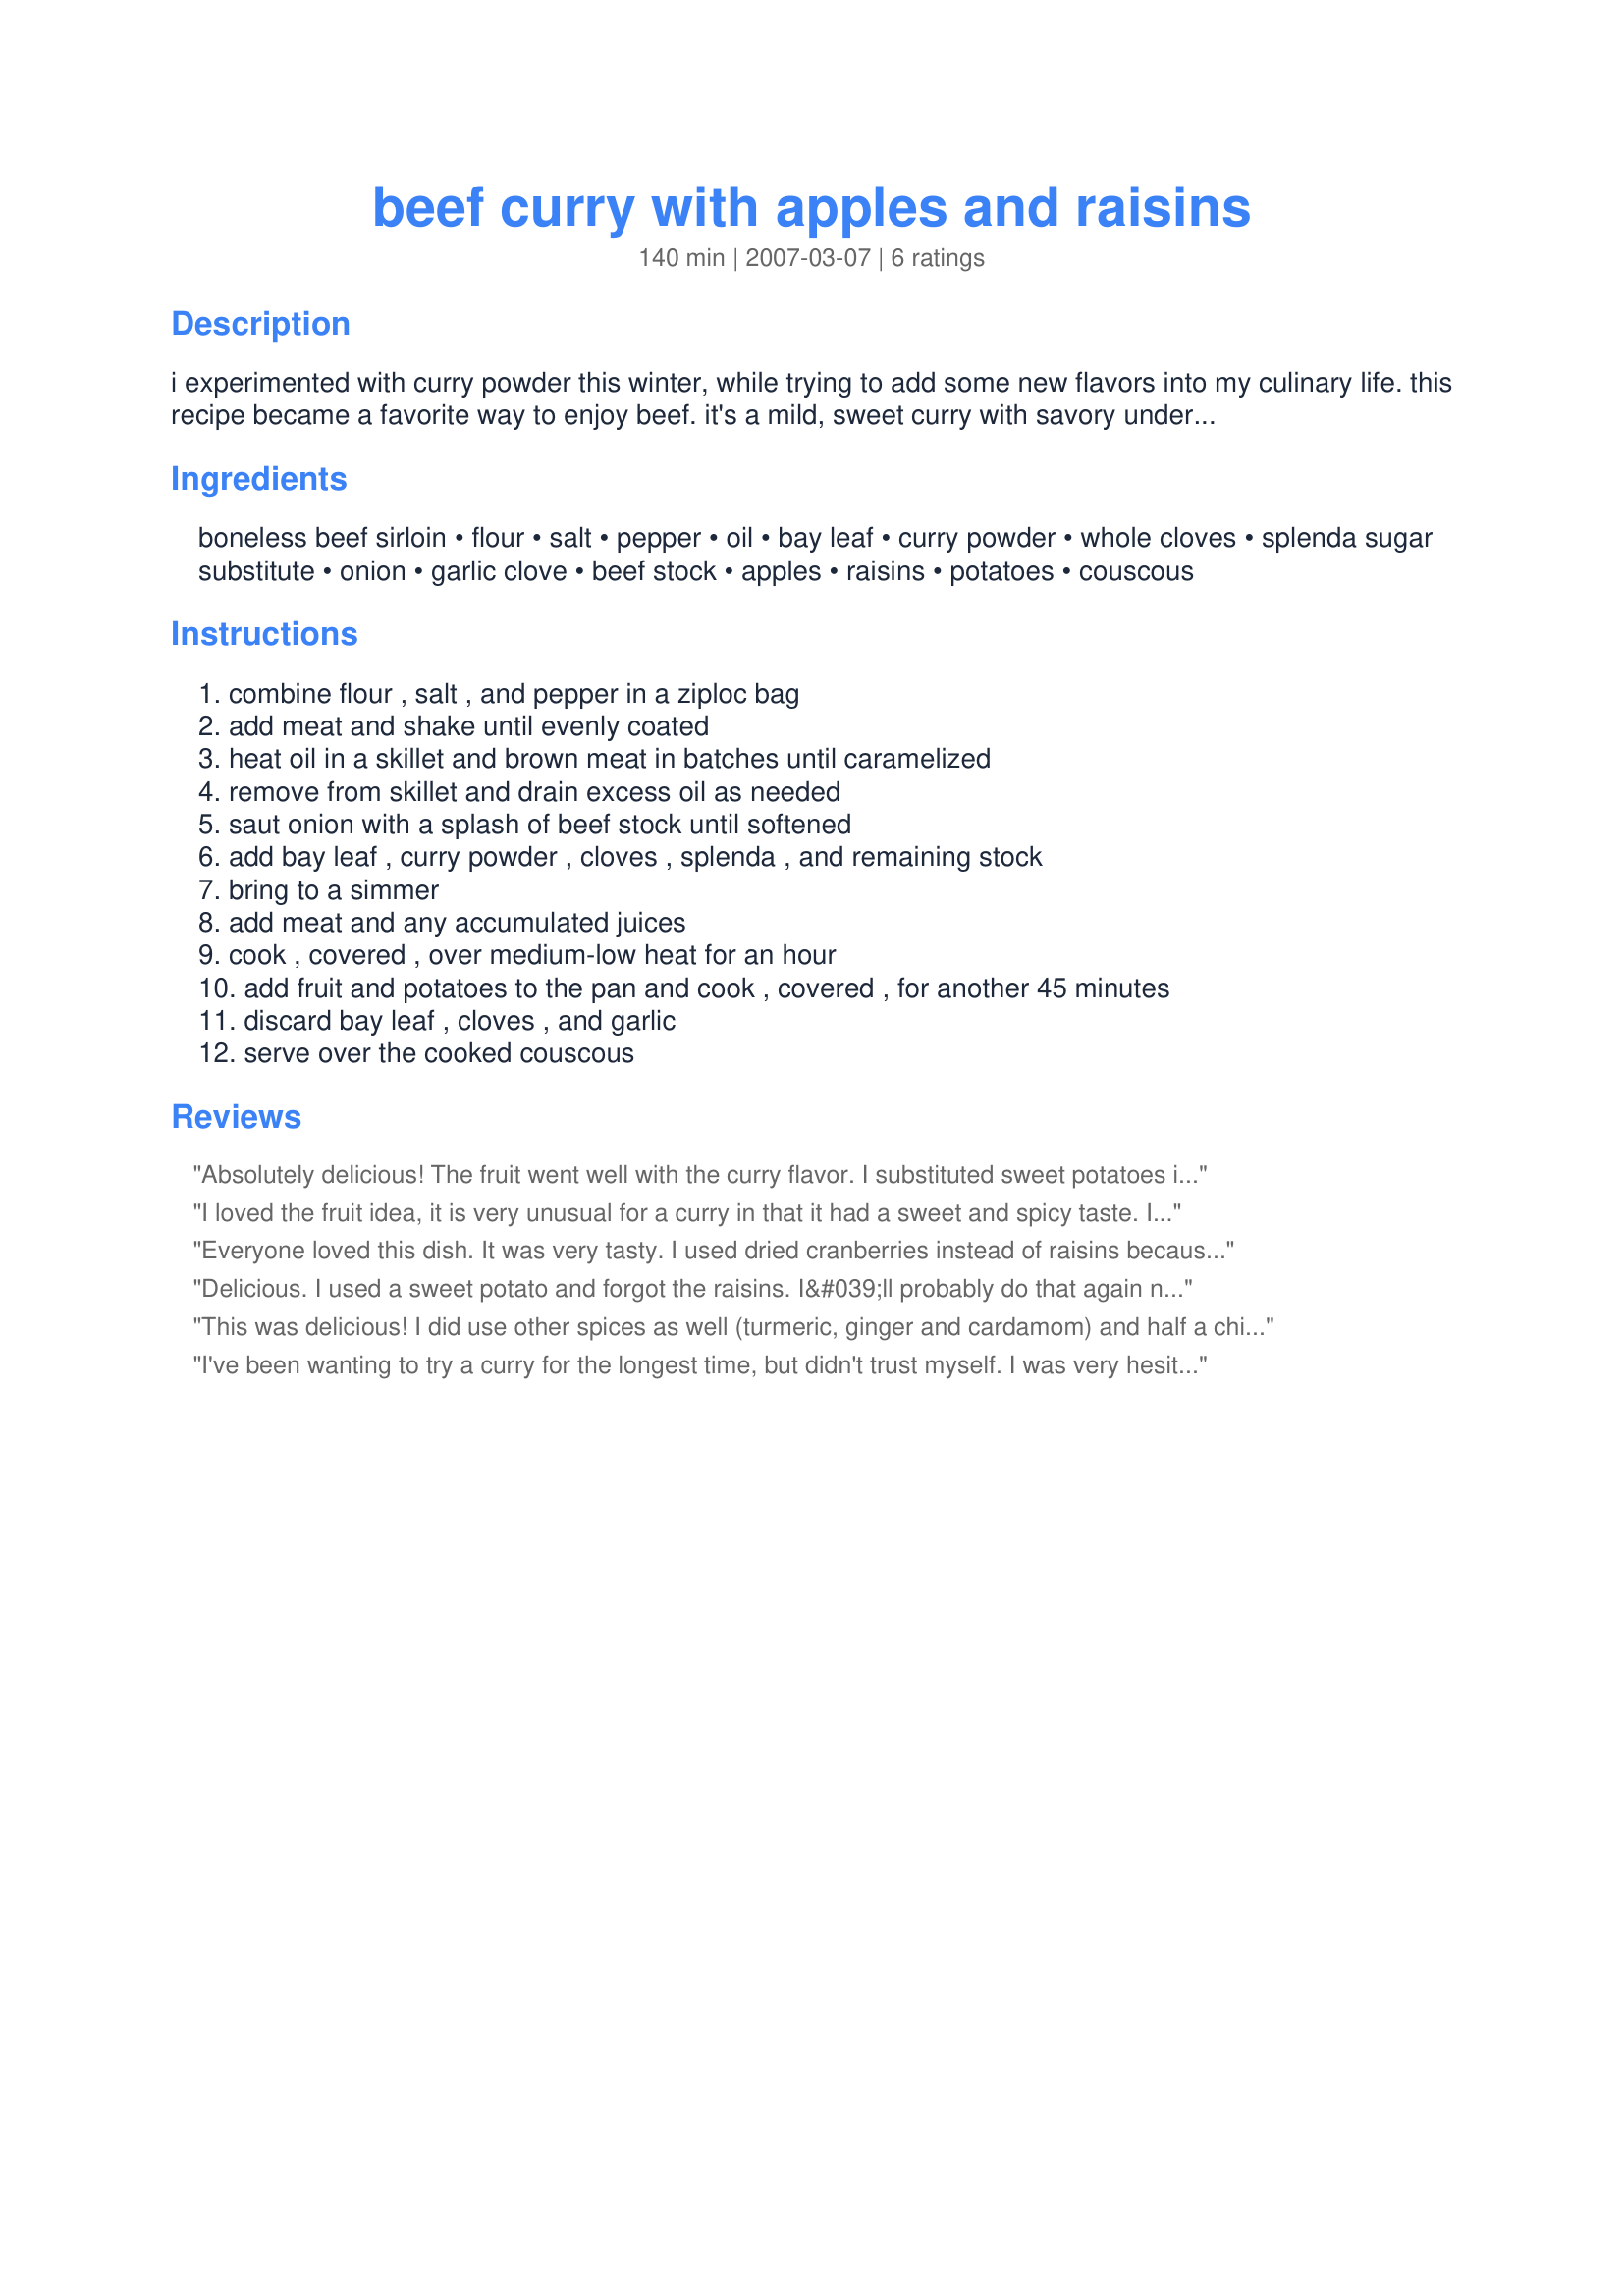
beef curry with apples and raisins
Preparation time: 140 minutes

i experimented with curry powder this winter, while trying to add some new flavors into my culinary life. this recipe became a favorite way to enjoy beef. it's a mild, sweet curry with savory undertones. i've served it with both brown rice and couscous, and actually prefer the couscous. it takes some "simmer time" on the stove, but it's worth it!

Ingredients:
boneless beef sirloin, flour, salt, pepper, oil, bay leaf, curry powder, whole cloves, splenda sugar substitute, onion, garlic clove, beef stock, apples, raisins, potatoes, couscous

Steps:
combine flour , salt , and pepper in a ziploc bag, add meat and shake until evenly coated, heat oil in a skillet and brown meat in batches until caramelized, remove from skillet and drain excess oil as needed, saut onion with a splash of beef stock until softened, add bay leaf , curry powder , cloves , splenda , and remaining stock, bring to a simmer, add meat and any accumulated juices, cook , covered , over medium-low heat for an hour, add fruit and potatoes to the pan and cook , covered , for another 45 minutes, discard bay leaf , cloves , and garlic, serve over the cooked couscous

Reviews:
Absolutely delicious! The fruit went well with the curry flavor. I substituted sweet potatoes in the place of regular white potatoes. This is a mild, sweet curry dish. Chosen and prepared for January 2008 Asian Beef Curry Tag Game. Thanks for sharing this recipe!
I loved the fruit idea, it is very unusual for a curry in that it had a sweet and spicy taste. I substituted sweet potato for potato to add a bit of additional sweetness.
Everyone loved this dish. It was very tasty. I used dried cranberries instead of raisins because I had them on-hand and they tasted perfect. Next time, I'll use harder apples better suited for cooking - mine kind of disappeared in the sauce - yummy anyway. I didn't peal the apples or the potatoes and no one noticed :).
Delicious. I used a sweet potato and forgot the raisins. I&#039;ll probably do that again next time
This was delicious! I did use other spices as well (turmeric, ginger and cardamom) and half a chili to give it some spice but otherwise I stuck to the recipe. I really liked the fact that there was fruit in it. Thanks!
I've been wanting to try a curry for the longest time, but didn't trust myself. I was very hesitant of trying one with fruit in it, but this was AMAZING! My boyfriend and I ate it for two days straight and wished that there was more! great recipe!
